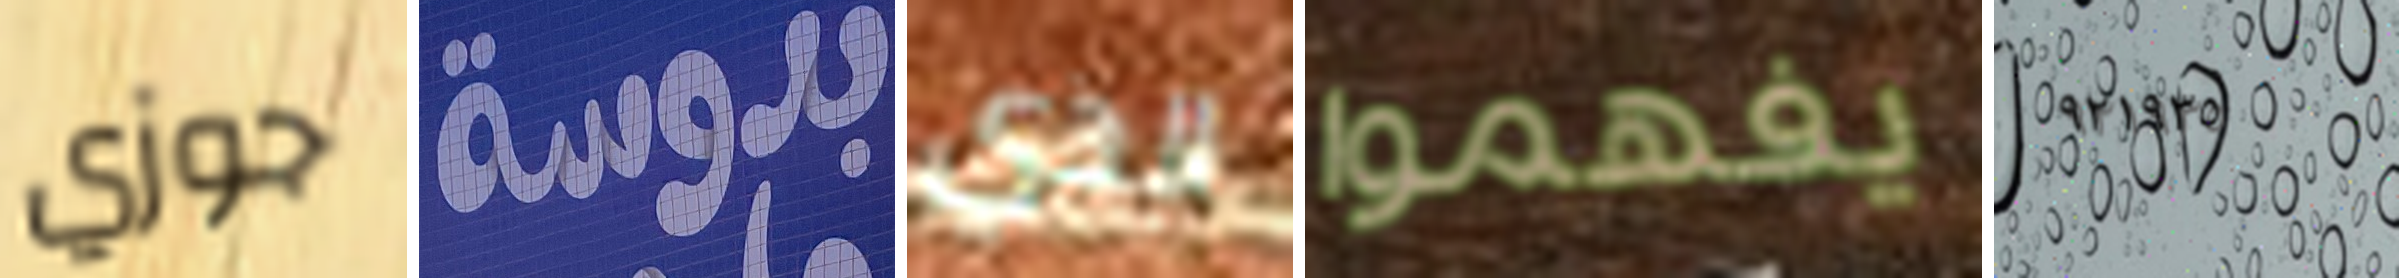
جوزي بدوسة الذي يفهموا ٩٢١٩٣٥